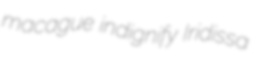
macague indignify Iridissa